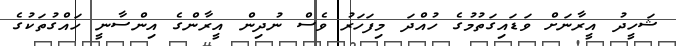
ޝަހީދު އީރާނަށް ވަޑައިގަތުމުގެ ހުއްދަ މިފަހަރު ވެސް ނުދިން އީރާންގެ އިންސާނީ ހައްގުތަކުގެ